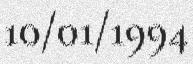
10/01/1994